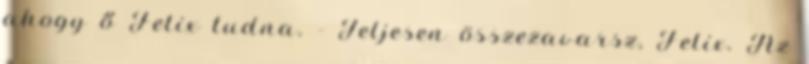
ahogy ő Felix tudna. - Teljesen összezavarsz, Felix. Az